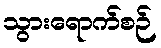
သွားရောက်စဉ်